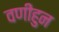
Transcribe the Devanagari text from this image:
वणीहुन